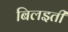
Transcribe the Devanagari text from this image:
बिलइती